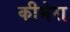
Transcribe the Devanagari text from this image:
कीमेरा